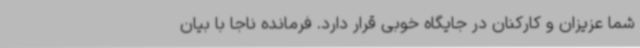
شما عزیزان و کارکنان در جایگاه خوبی قرار دارد. فرمانده ناجا با بیان